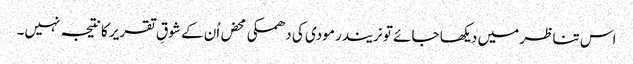
اس تناظر میں دیکھا جائے تو نریندر مودی کی دھمکی محض اُن کے شوقِ تقریر کا نتیجہ نہیں۔